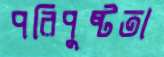
পরিপুষ্টতা